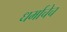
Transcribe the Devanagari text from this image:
धर्माचेच